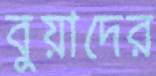
বুয়াদের